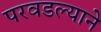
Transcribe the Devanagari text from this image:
परवडल्याने